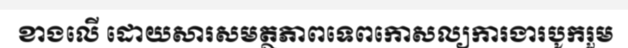
ខាងលើ ដោយសារសមត្ថភាពទេពកោសល្យការងារបូករួម